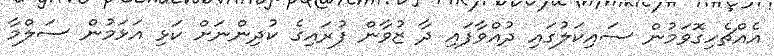
އެއްޗެހިގޮވަމުން ސައިކަލުގައި ދުއްވާފައި ދާ ޒުވާން ފުރައިގެ ކުދިންނަށް ކަޅި އަޅަމުން ސަލްމާ